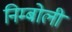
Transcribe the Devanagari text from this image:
निम्‍बोली